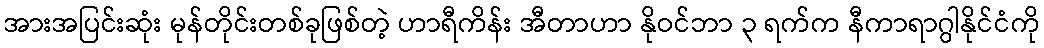
အားအပြင်းဆုံး မုန်တိုင်းတစ်ခုဖြစ်တဲ့ ဟာရီကိန်း အီတာဟာ နိုဝင်ဘာ ၃ ရက်က နီကာရာဂွါနိုင်ငံကို